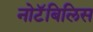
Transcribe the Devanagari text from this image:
नोटॅबिलिस